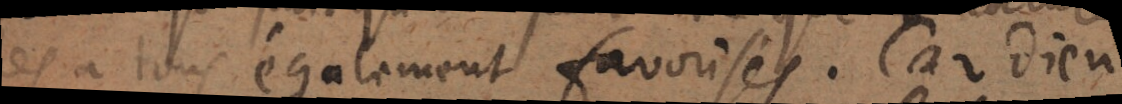
les a tous également favorisés. Car Dieu